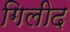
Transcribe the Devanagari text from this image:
गिलीद